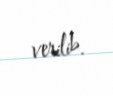
verilib.